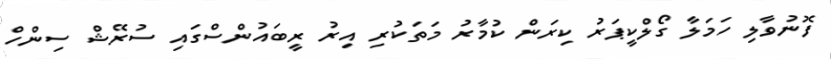
ފޮނުވާލި ހަމަލާ ގޯލްކީޕަރު ކިރަން ކުމާރު މަތަކުރި އިރު ރީބައުންސްގައި ސުރޭޝް ސިންހް